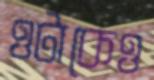
ওটাকেও